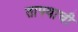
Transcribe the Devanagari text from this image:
ताफ्याची